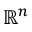
\mathbb { R } ^ { n }